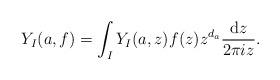
LaTeX: \begin{align*}Y_I(a,f) = \int_{I}Y_I(a,z)f(z)z^{d_a}\frac{{\rm d}z}{2\pi i z}.\end{align*}